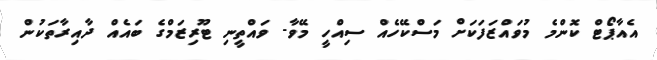
އެއާޕޯޓް ކޮންމެ މުވައްޒަފަކަށް މަސްކޭހެއް ސިއްހީ މޭވާ- ވައްތީނި ޓޫރިޒަމްގެ ބައެއް ދާއިރާތަކުން